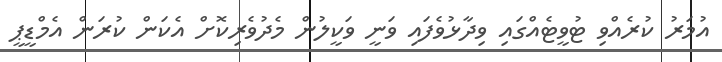
އުމަރު ކުރެއްވި ޓުވީޓެއްގައި ވިދާޅުވެފައި ވަނީ ވަކީލުން މެދުވެރިކޮށް އެކަން ކުރަން އެމްޑީޕީ